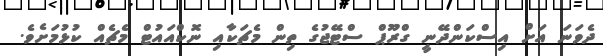
ދެވަނަ އަށް އިސްކަންދޭނީ ގްރޫޕް ސްޓޭޖުގެ ތިން މެޗަކާއި ނޮކްއައުޓް މެޗެއް ކުޅުމަށެވެ.